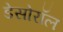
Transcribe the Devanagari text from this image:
डेसोरॉल